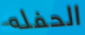
الحفله